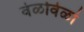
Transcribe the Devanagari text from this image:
वेळोवेळां